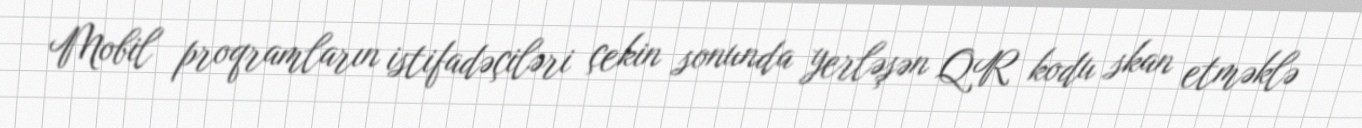
Mobil proqramların istifadəçiləri çekin sonunda yerləşən QR kodu skan etməklə